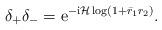
LaTeX: \begin{align*}\delta_{+} \delta_{-}=\mathrm{e}^{-\mathrm{i} \mathcal{H} \log \left(1+\bar{r}_1 r_2\right)} .\end{align*}